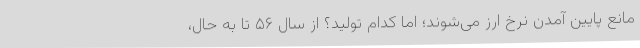
مانع پایین آمدن نرخ ارز می‌شوند؛ اما کدام تولید؟ از سال ۵۶ تا به حال،